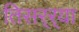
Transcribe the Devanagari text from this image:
तिसर्‍र्‍या